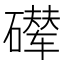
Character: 𪿵